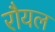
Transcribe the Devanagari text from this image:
रौयल